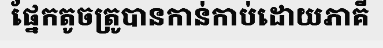
ផ្នែកតូចត្រូបានកាន់កាប់ដោយភាគី